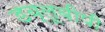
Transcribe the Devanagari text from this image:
डब्लूबीपी